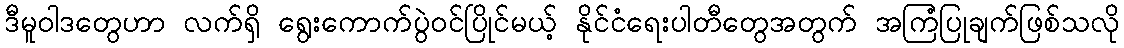
ဒီမူဝါဒတွေဟာ လက်ရှိ ရွေးကောက်ပွဲဝင်ပြိုင်မယ့် နိုင်ငံရေးပါတီတွေအတွက် အကြံပြုချက်ဖြစ်သလို